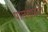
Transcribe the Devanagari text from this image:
पानगळती